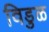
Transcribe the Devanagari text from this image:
विडुळ